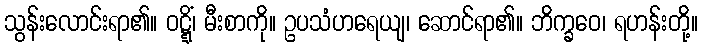
သွန်းလောင်းရာ၏။ ဝဋ္ဋိံ၊ မီးစာကို။ ဥပသံဟရေယျ၊ ဆောင်ရာ၏။ ဘိက္ခဝေ၊ ရဟန်းတို့။